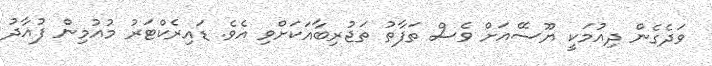
ވަދެގެން ދިއުމަކީ ޔޫސޭއަށް ވެސް ތަފާތު ތަޖުރިބާއަކަށްވި އެވެ. ޑައިރެކްޓަރު މުއުމިން ފުއާދު